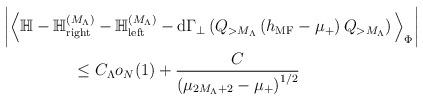
LaTeX: \begin{align*} \bigg| \Big\langle \mathbb{H}-\mathbb{H}_\mathrm{right}^{(M_\Lambda)}&-\mathbb{H}_\mathrm{left}^{(M_\Lambda)}-\mathrm{d}\Gamma_\perp\left(Q_{> M_\Lambda} \left(h_{\mathrm{MF}}-\mu_+\right)Q_{> M_\Lambda}\right) \Big\rangle_\Phi\bigg|\\\le\;& C_\Lambda o_N(1)+\frac{C}{\left(\mu_{2M_\Lambda+2}-\mu_+ \right)^{1/2}}\end{align*}